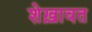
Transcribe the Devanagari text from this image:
शेख़ावत